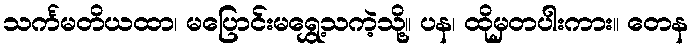
သင်္ကမတိယထာ၊ မပြောင်းမရွှေ့သကဲ့သို့။ ပန၊ ထိုမှတပါးကား။ တေန